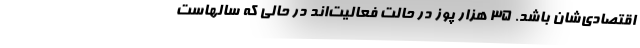
اقتصادی‌شان باشد. ۳۵ هزار پوز در حالت فعالیت‌اند در حالی که سالهاست